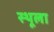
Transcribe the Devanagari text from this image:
स्थूला